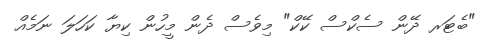
"ބެޓަރ ދޭން ސެކްސް ކޭކް" މިވެސް ދެން މީހުން ކިޔާ ކަހަލަ ނަމެއް